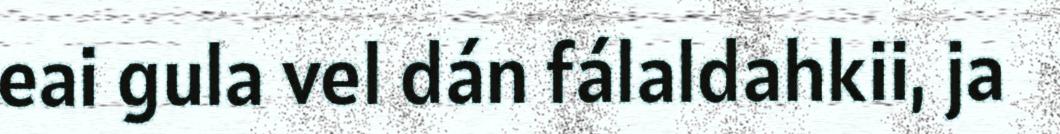
eai gula vel dán fálaldahkii, ja